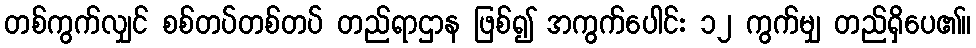
တစ်ကွက်လျှင် စစ်တပ်တစ်တပ် တည်ရာဌာန ဖြစ်၍ အကွက်ပေါင်း ၁၂ ကွက်မျှ တည်ရှိပေ၏။